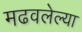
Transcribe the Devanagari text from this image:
मढवलेल्या